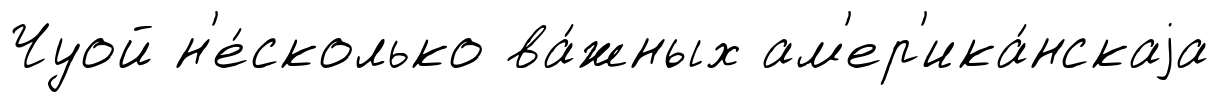
Чуой н'е́сколько ва́жных ам'ер'ика́нскаjа